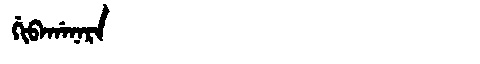
Manchu: ᡤᡳᠪᠠᡤᠠᠨᠠᡵᠠ
Romanization: GIBAGANARA